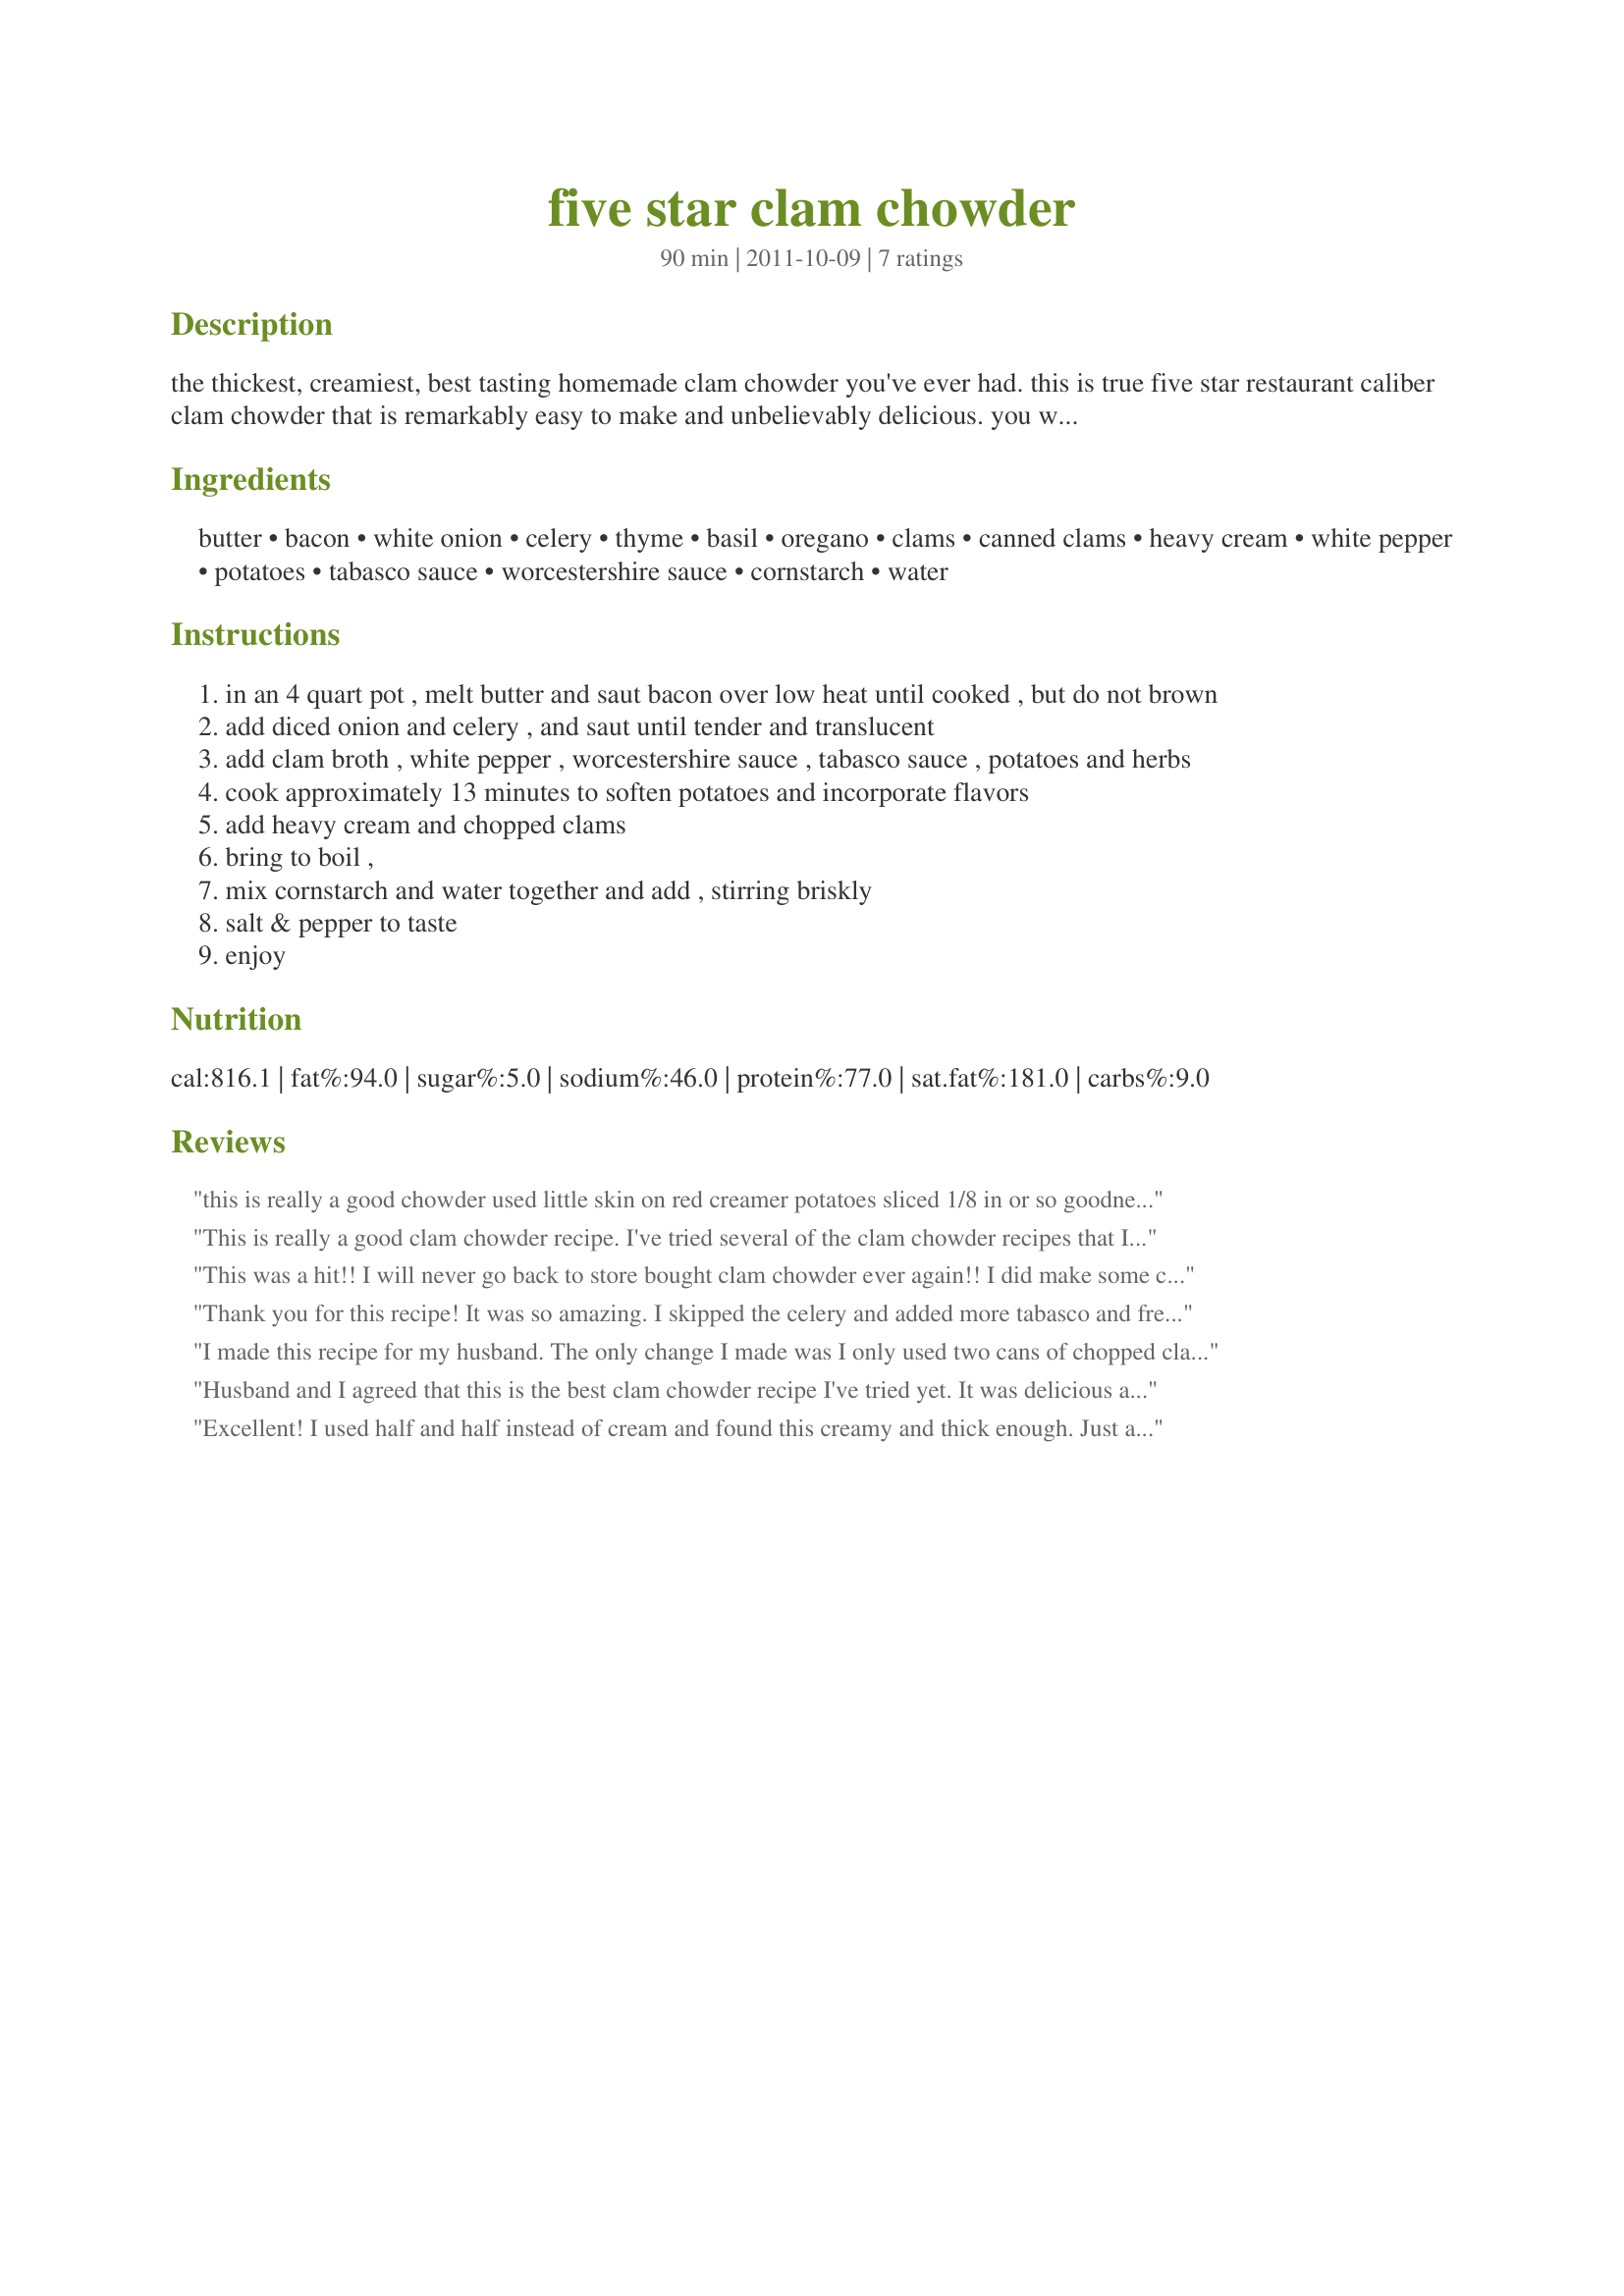
five star clam chowder
Preparation time: 90 minutes

the thickest, creamiest, best tasting homemade clam chowder you've ever had. this is true five star restaurant caliber clam chowder that is remarkably easy to make and unbelievably delicious. you will have never had a better bowl of clam chowder outside of a restaurant environment. if you seek "stand out" recipes the way i do, you'll love this one. i generally double this recipe.

Ingredients:
butter, bacon, white onion, celery, thyme, basil, oregano, clams, canned clams, heavy cream, white pepper, potatoes, tabasco sauce, worcestershire sauce, cornstarch, water

Steps:
in an 4 quart pot , melt butter and saut bacon over low heat until cooked , but do not brown
add diced onion and celery , and saut until tender and translucent
add clam broth , white pepper , worcestershire sauce , tabasco sauce , potatoes and herbs
cook approximately 13 minutes to soften potatoes and incorporate flavors
add heavy cream and chopped clams
bring to boil ,
mix cornstarch and water together and add , stirring briskly
salt & pepper to taste
enjoy

Reviews:
this is really a good chowder used little skin on red creamer potatoes sliced 1/8 in or so goodness what a delicious good looking and relatively easy dish will be making this one a lot thanks EDMISTON99 a real KEEPER
This is really a good clam chowder recipe. I've tried several of the clam chowder recipes that I've found, and have never found one that I could say was as good as a restaurant's. This one is. In fact, it's better than some restaurant's clam chowders. The best thing about it is that it's really easy to make.
This was a hit!! I will never go back to store bought clam chowder ever again!! <br/>I did make some changes. I actually used 4 cans of smoked clams in oil but drained the oil instead of clams in juice. It gave the chowder a bit of smokiness & I bought a bottle of clam juice separately to make up for the juice the recipe called for. Great, great flavor. I also doubled the recipe since I have family of 6. It was more than enough & so hearty. I used 3 medium potatoes & used the emulsifier to blend some of the mixture for thickness but also keep a chunky texture.
Thank you for this recipe! It was so amazing. I skipped the celery and added more tabasco and fresh ground pepper to give it a nice kick. Will be making again and again! I used two short cans of the clams and it was the perfect amount of clams and clam juice.
I made this recipe for my husband. The only change I made was I only used two cans of chopped clams, which produced about 1 cup of clam juice. I also added a little more celery. When he came home, he was going to heat up the chowder. He tasted it and ended up eating the whole bowl cold! He is a big fan of clam chowder, and he said this was the BEST he every had.
Husband and I agreed that this is the best clam chowder recipe I've tried yet. It was delicious and is still warming my tummy! I noticed there was no salt mentioned in the recipe and it did need quite a bit. I didn't have heavy cream on hand so I used 1 cup 1/2 and 1/2 and 2 cups whole milk along with 3 tablespoons corn starch and 3 of water to make up for it. Those were the only changes. Not a low cal/low fat recipe but that's not what I was going for. It's wonderful. Thank you.
Excellent! I used half and half instead of cream and found this creamy and thick enough. Just as a personal preference, I will omit the basil next time
